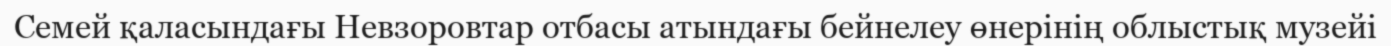
Семей қаласындағы Невзоровтар отбасы атындағы бейнелеу өнерінің облыстық музейі